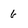
Character: 6